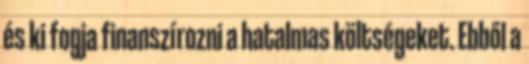
és ki fogja finanszírozni a hatalmas költségeket. Ebből a